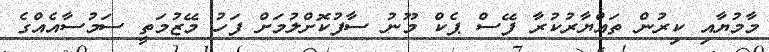
މާމުޔާއި ކިރުން ތައްޔާރުކުރާ ފޭސް ޕެކް މޫނު ސާފުކޮށްލުމަށް ފަހު މޭޒުމަތީ ސަމުސާއެއްގެ